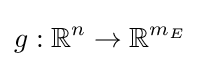
g:\mathbb {R} ^{n}\rightarrow \mathbb {R} ^{m_{E}}